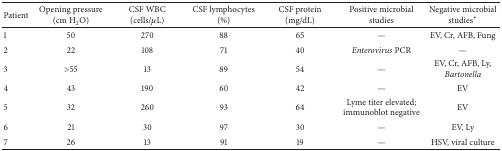
<table><thead><tr><td><b>Patient</b></td><td><b>Opening pressure(cm H<sub>2</sub>O)</b></td><td><b>CSF WBC(cells/<i>μ</i>L)</b></td><td><b>CSF lymphocytes(%)</b></td><td><b>CSF protein(mg/dL)</b></td><td><b>Positive microbial studies</b></td><td><b>Negative microbial studies<sup><i>∗</i></sup></b></td></tr></thead><tbody><tr><td>1</td><td>50</td><td>270</td><td>88</td><td>65</td><td>—</td><td>EV, Cr, AFB, Fung</td></tr><tr><td>2</td><td>22</td><td>108</td><td>71</td><td>40</td><td><i>Enterovirus</i> PCR</td><td>—</td></tr><tr><td>3</td><td>&gt;55</td><td>13</td><td>89</td><td>54</td><td>—</td><td>EV, Cr, AFB, Ly,<i>Bartonella</i></td></tr><tr><td>4</td><td>43</td><td>190</td><td>60</td><td>42</td><td>—</td><td>EV</td></tr><tr><td>5</td><td>32</td><td>260</td><td>93</td><td>64</td><td>Lyme titer elevated;immunoblot negative</td><td>EV</td></tr><tr><td>6</td><td>21</td><td>30</td><td>97</td><td>30</td><td>—</td><td>EV, Ly</td></tr><tr><td>7</td><td>26</td><td>13</td><td>91</td><td>19</td><td>—</td><td>HSV, viral culture</td></tr></tbody></table>